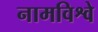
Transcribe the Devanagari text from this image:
नामविश्वे